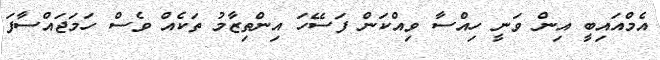
އެމްއައިބީ އިން ވަނީ ހިއްސާ ވިއްކަން ފަސޭހަ އިންތިޒާމު ތަކެއް ވެސް ހަމަޖައްސާފަ